Civil Veterinary Dept. Bombay admin report 1923-31 - 1923-1931
Year: 1923
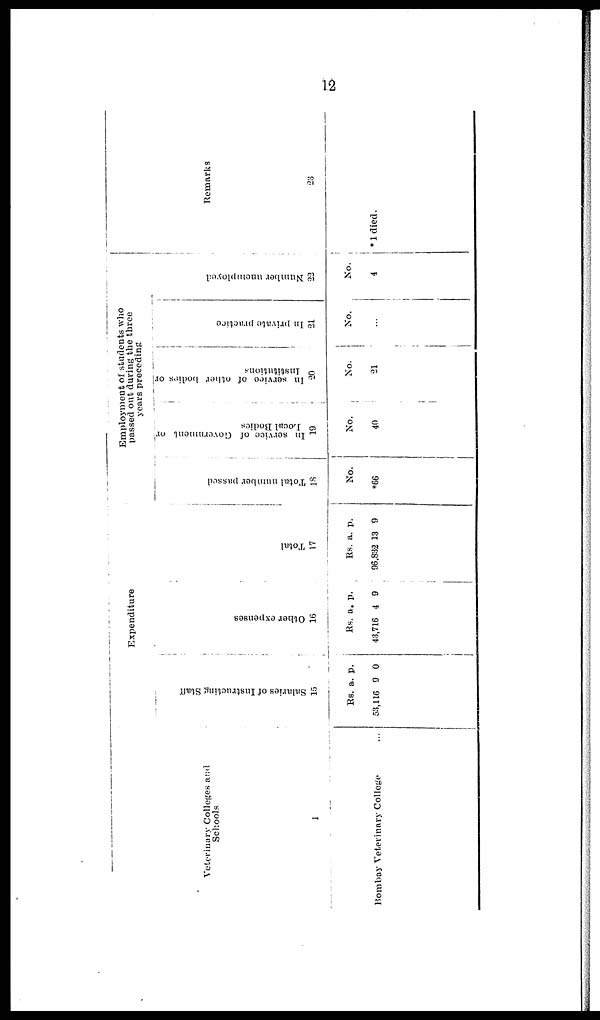
12
Veterinary Colleges and
Schools
1
Bombay Veterinary College ...
Expenditure
Sal ar i
es of I ns t
r uct i
ng St af f
15
Rs.
53,116
a.
9
p.
0
Ot her expenses
16
Rs.
43,716
a.
4
p.
9
Tot al
17
Rs.
96,832
a.
13
p.
9
Employment of students who
passed out during the three
years preceding
Total number passed
18
No.
*66
In service of Government or
Local Bodies
19
No.
40
In service of other bodies or
Institutions
20
No.
21
In private practice
21
No.
...
Number unemployed
23
No.
4
Remarks
23
*1 died.